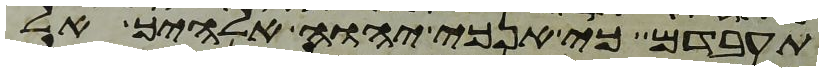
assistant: תעבדם כי אנכי יהוה אלהיך אל